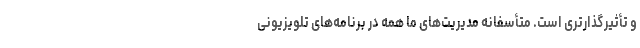
و تأثیرگذارتری است. متأسفانه مدیریت‌های ما همه در برنامه‌های تلویزیونی